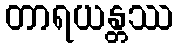
တာရယန္တဿ